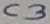
Text: C3